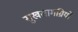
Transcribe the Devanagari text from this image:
सुखसामग्रियों